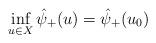
LaTeX: \begin{align*}\inf_{u\in X}\hat\psi_+(u)=\hat\psi_+(u_0)\end{align*}